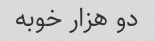
دو هزار خوبه